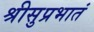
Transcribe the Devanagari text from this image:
श्रीसुप्रभातं